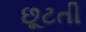
છૂટતી